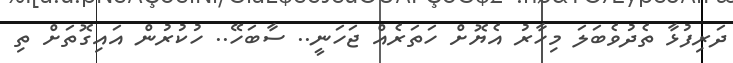
ދަރިފުޅާ ތެދުވެބަލަ މިހާރު އެޔޮށް ހަތަރެއް ޖަހަނީ.. ސާބަހޭ.. ހުކުރުން އައިގޮތަށް ތި